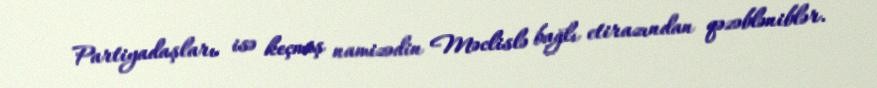
Partiyadaşları isə keçmiş namizədin Məclislə bağlı etirazından qəzəbləniblər.